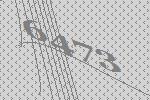
6473